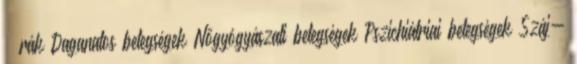
– rák Daganatos betegségek Nőgyógyászati betegségek Pszichiátriai betegségek Száj-